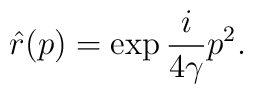
\hat{r} (p) = \exp{  \frac{i}{4 \gamma} p^2 } .